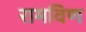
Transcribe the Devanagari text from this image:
रामविण